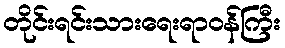
တိုင်းရင်းသားရေးရာဝန်ကြီး